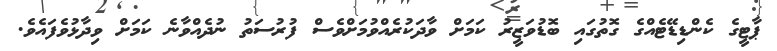
ޕާޓީގެ ކެންޑިޑޭޓެއްގެ ގޮތުގައި ބޮޑުވަޒީރު ކަމަށް ވާދަކުރެއްވުމަށްވެސް ފުރުސަތު ނުދެއްވާނެ ކަމަށް ވިދާޅުވެފައެވެ.